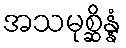
အသမုစ္ဆိန္နံ